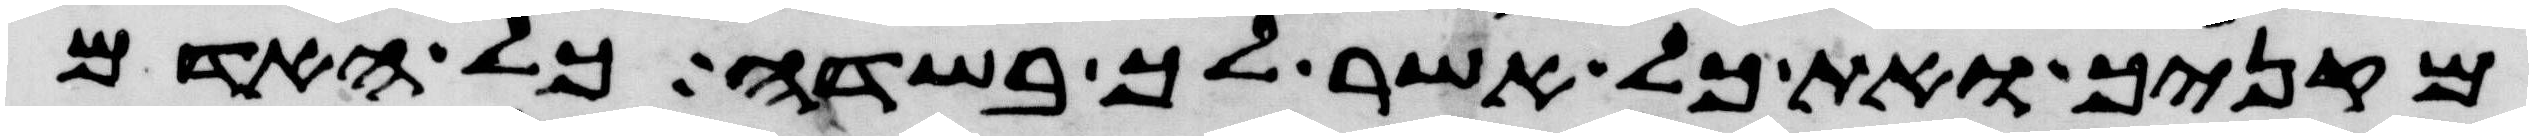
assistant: מקניך ואת כל אשר לך בשדה כל האדם